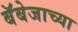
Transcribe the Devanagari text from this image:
बॅबेजाच्या